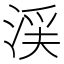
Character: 渓